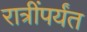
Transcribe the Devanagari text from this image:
रात्रींपर्यंत